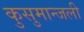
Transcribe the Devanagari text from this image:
कुसुमान्जली